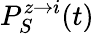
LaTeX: P_{S}^{z\rightarrow i}(t)